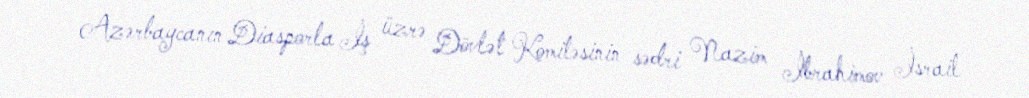
Azərbaycanın Diasporla İş üzrə Dövlət Komitəsinin sədri Nazim İbrahimov İsrail